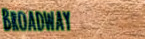
Broadway